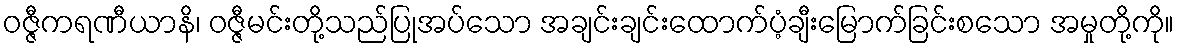
ဝဇ္ဇီကရဏီယာနိ၊ ဝဇ္ဇီမင်းတို့သည်ပြုအပ်သော အချင်းချင်းထောက်ပံ့ချီးမြောက်ခြင်းစသော အမှုတို့ကို။